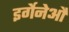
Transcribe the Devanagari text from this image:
इर्गेनेऔ